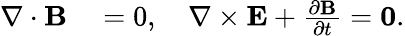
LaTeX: \begin{array}{rl}{\nabla\cdot\mathbf{B}}&{{}=0,\quad\nabla\times\mathbf{E}+\frac{\partial\mathbf{B}}{\partial t}=\mathbf{0}.}\end{array}